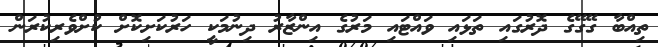
ތިއްބާ ގޭގޭގެ ދޮރުގައި ތަޅައި ވައްޓައި މަރުގެ އިންޒާރު ދިނުމަކީ ހަރުކަށިކޮށް ކުށްވެރިކުރަން